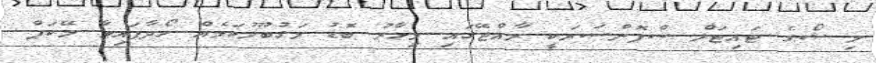
މި ޝޯގެ ޓައިޓަލް ސްޕޮންސަރަކީ ރާއްޖޭގައި މިހާރު ބޮޑު މަގުބޫލުކަމެއް ހޯދާފައިވާ މޭކަޕް